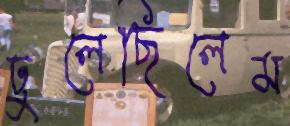
ঢুলেছিলেম